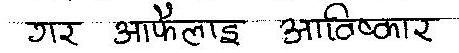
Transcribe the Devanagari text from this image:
गर आफैलाई आविष्कार